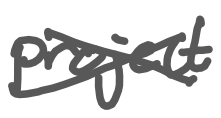
Text: project
Cross-out: cross
Writing tool: digital_gray